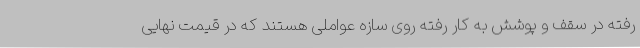
رفته در سقف و پوشش به کار رفته روی سازه عواملی هستند که در قیمت نهایی